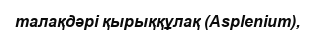
талақдәрі қырыққұлақ (Asplenіum),